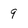
Character: q